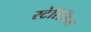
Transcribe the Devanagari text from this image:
स्टेरिलिस